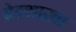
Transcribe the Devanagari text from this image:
वेदशाखा